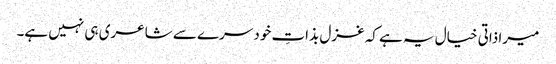
میرا ذاتی خیال یہ ہے کہ غزل بذاتِ خود سرے سے شاعری ہی نہیں ہے۔